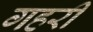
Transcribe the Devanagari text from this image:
गहरीं